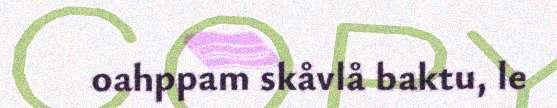
oahppam skåvlå baktu, le